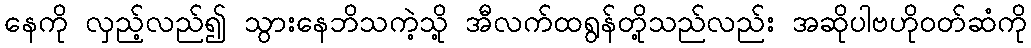
နေကို လှည့်လည်၍ သွားနေဘိသကဲ့သို့ အီလက်ထရွန်တို့သည်လည်း အဆိုပါဗဟိုဝတ်ဆံကို